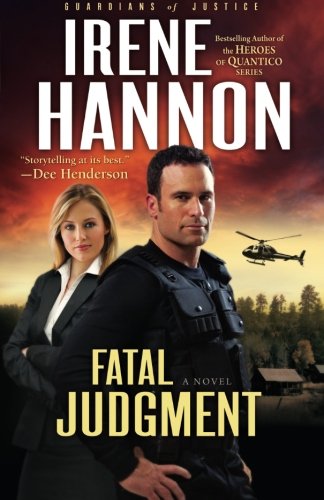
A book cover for Fatal Judgment (Guardians of Justice, Book 1) (Volume 1); Irene Hannon; Religion & Spirituality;